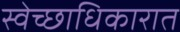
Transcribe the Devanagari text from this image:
स्वेच्छाधिकारात